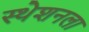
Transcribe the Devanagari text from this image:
स्ठेशनला